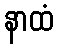
နာထံ